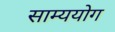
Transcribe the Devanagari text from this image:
साम्ययोग